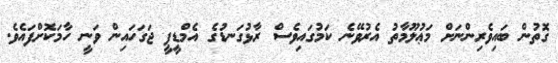
ގޮތުން ބައިވެރިންނަށް މަޢުލޫމާތު އެރުވޭނެ ކަމުގައިވެސް ރާޅުގަނޑުގެ އެމްޑީޕީ ޖަގަހައިން ވަނީ ހާމަކޮށްފައެވެ.